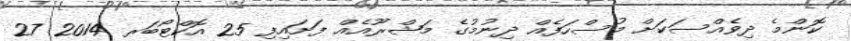
ކޮންމެ ދިވެއްސަކަށް މުސްހަފެއް ދިނުމުގެ މަޝްރޫއެއް ފަށައިފި 25 އޮކްޓޯބަރ 2014 27